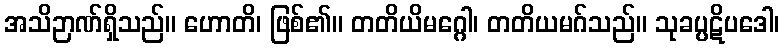
အသိဉာဏ်ရှိသည်။ ဟောတိ၊ ဖြစ်၏။ တတိယိမဂ္ဂေါ၊ တတိယမဂ်သည်။ သုခပ္ပဋိပဒေါ၊